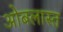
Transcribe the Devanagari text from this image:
ओबलास्त